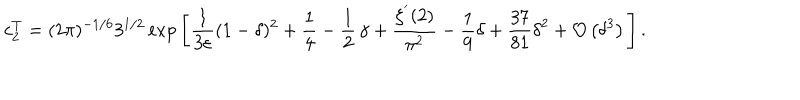
c _ { 2 } ^ { T } = ( 2 \pi ) ^ { - 1 / 6 } 3 ^ { 1 / 2 } \exp \Bigg [ \frac { 1 } { 3 \varepsilon } ( 1 - \delta ) ^ { 2 } + \frac { 1 } { 4 } - \frac { 1 } { 2 } \, \gamma + \frac { \zeta ^ { ' } ( 2 ) } { \pi ^ { 2 } } - \frac { 1 } { 9 } \delta + \frac { 3 7 } { 8 1 } { \delta } ^ { 2 } + { \cal O } \left( { \delta } ^ { 3 } \right) \Bigg ] \, .